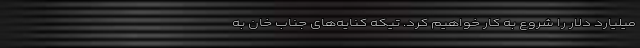
میلیارد دلار را شروع به کار خواهیم کرد. تیکه کنایه‌های جناب خان به